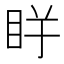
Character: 𱲭